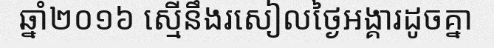
ឆ្នាំ២០១៦ ស្មើនឹងរសៀលថ្ងៃអង្គារដូចគ្នា